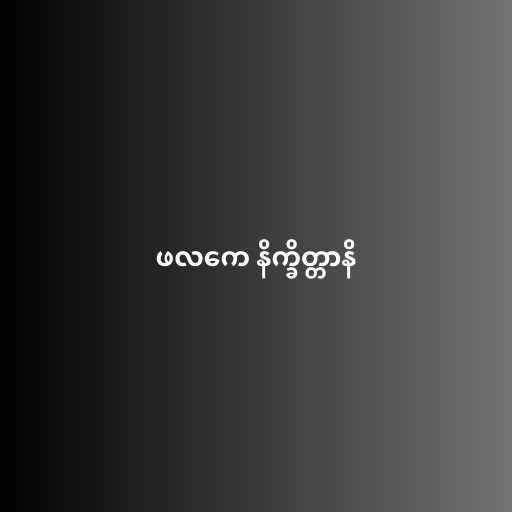
ဖလကေ နိက္ခိတ္တာနိ